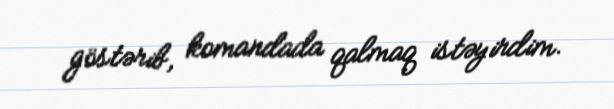
göstərib, komandada qalmaq istəyirdim.